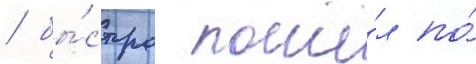
/ бы́стро пошё́л по́